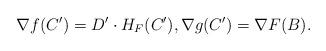
LaTeX: \begin{align*}\nabla{f}(C^\prime)=D^\prime \cdot H_F(C^\prime), \nabla{g}(C^\prime)=\nabla{F}(B).\end{align*}